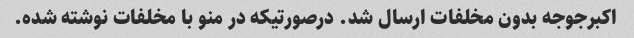
اکبرجوجه بدون مخلفات ارسال شد. درصورتیکه در منو با مخلفات نوشته شده.